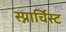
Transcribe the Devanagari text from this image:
स्य्नार्चिस्ट